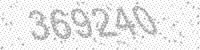
Solution: 369240